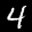
Label: 4